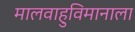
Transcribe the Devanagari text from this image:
मालवाहुविमानाला